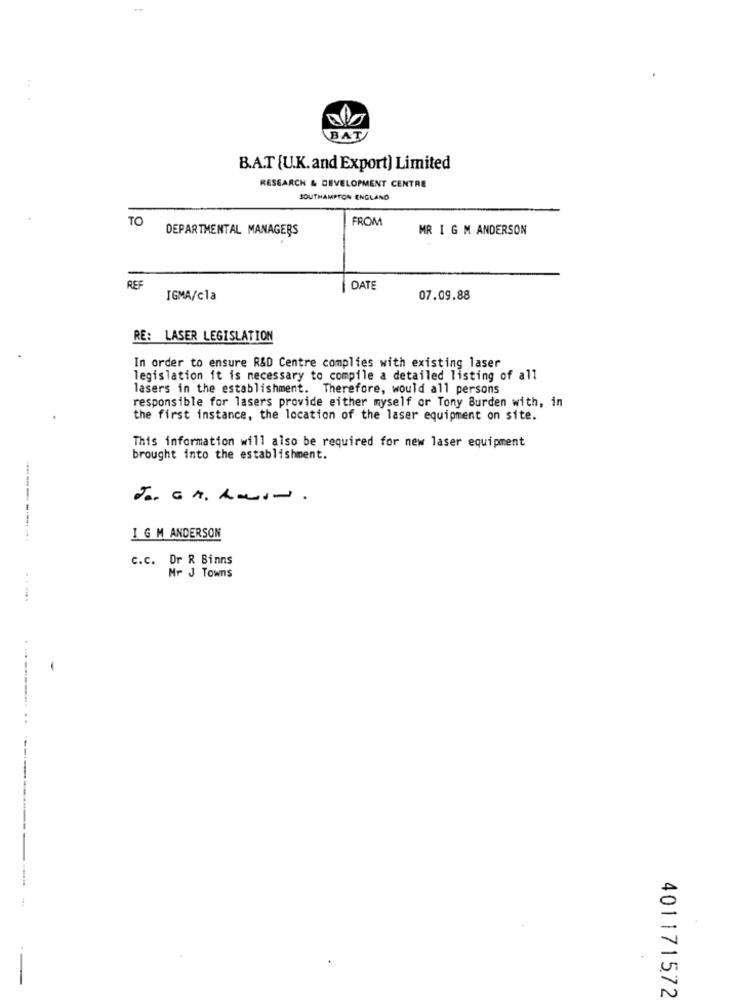
BAT
B.A.T [U.K.and Export) Limited
RESEARCH & DEVELOPMENT CENTRE
SOUTHAMPTON ENGLAND
TO
FROM
DEPARTMENTAL MANAGERS
MR 1 G M ANDERSON
REF
DATE
IGMA/cla
07.09.88
RE: LASER LEGISLATION
In order to ensure R&D Centre complies with existing laser
legislation it is necessary to compile a detailed listing of all
lasers in the establishment. Therefore, would all persons
responsible for lasers provide either myself or Tony Burden with, in
the first instance, the location of the laser equipment on site.
This information will also be required for new laser equipment
brought into the establishment.
I G M ANDERSON
C.C. Dr R Binns
Mr J Towns
......
401171572